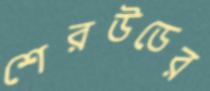
শেরউডের